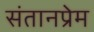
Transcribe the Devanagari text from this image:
संतानप्रेम